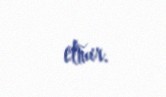
etmir.